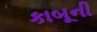
કાબૂની